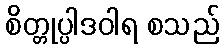
စိတ္တုပ္ပါဒဝါရ စသည်